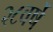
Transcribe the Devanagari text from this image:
२८वर्षे